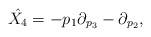
LaTeX: \begin{align*}\hat{X_4}=-p_1 \partial_{p_3} - \partial_{p_2},\end{align*}